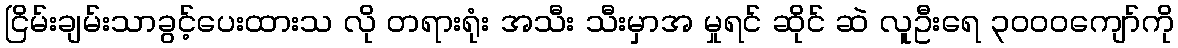
ငြိမ်းချမ်းသာခွင့်ပေးထားသ လို တရားရုံး အသီး သီးမှာအ မှုရင် ဆိုင် ဆဲ လူဦးရေ ၃ဝဝဝကျော်ကို